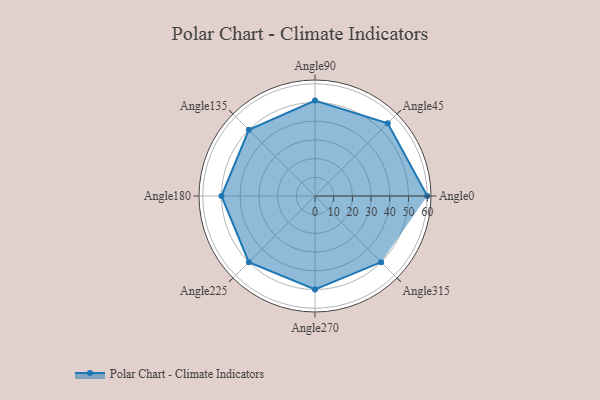
{"axis": {"x": "Angle", "y": "Radius"}, "legend": [""], "data": [{"x": "Angle0", "y": 60.0, "type": ""}, {"x": "Angle45", "y": 55.0, "type": ""}, {"x": "Angle90", "y": 51.0, "type": ""}, {"x": "Angle135", "y": 50, "type": ""}, {"x": "Angle180", "y": 50, "type": ""}, {"x": "Angle225", "y": 50, "type": ""}, {"x": "Angle270", "y": 50, "type": ""}, {"x": "Angle315", "y": 50, "type": ""}]}